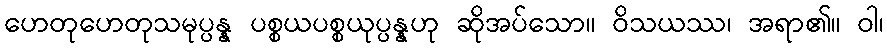
ဟေတုဟေတုသမုပ္ပန္န ပစ္စယပစ္စယုပ္ပန္နဟု ဆိုအပ်သော။ ဝိသယဿ၊ အရာ၏။ ဝါ၊